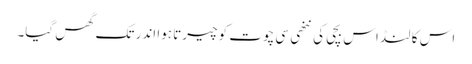
اس کا لنڈ اس بچی کی ننھی سی چوت کو چیرتا ہوا اندر تک گھس گیا۔